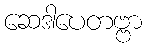
ဆေဒါပေတဗ္ဗာ